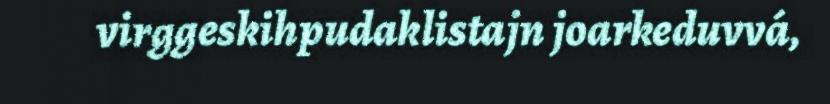
virggeskihpudaklistajn joarkeduvvá,